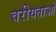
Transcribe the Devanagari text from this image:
वरीयताओ